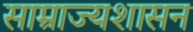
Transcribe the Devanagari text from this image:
साम्राज्यशासन